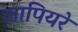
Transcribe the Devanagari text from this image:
लापियरे